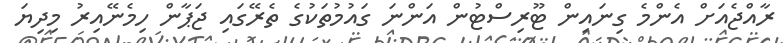
ރާއްޖެއަށް އެންމެ ގިނައިން ޓޫރިސްޓުން އަންނަ ގައުމުތަކުގެ ތެރޭގައި ޖަޕާން ހިމެނޭއިރު މިދިޔަ